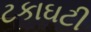
ટકાઘટી